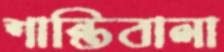
শান্তিবালা